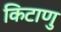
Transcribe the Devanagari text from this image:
किटाणु